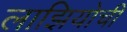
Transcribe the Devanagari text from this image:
लाझियोची